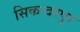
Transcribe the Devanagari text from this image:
सिकन्‍दरपुर